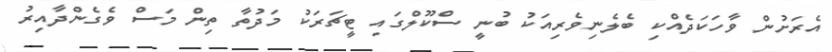
އެރަށުން ވާހަކަދެއްކި ބެލެނިވެރިއަކު ބުނީ ސްކޫލްގައި ޓީޗަރަކު މަދުތާ ތިން މަސް ވެގެންދާއިރު